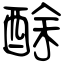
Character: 酴